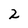
Character: 2